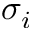
\sigma _ { i }